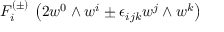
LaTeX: F _ { i } ^ { ( \pm ) } \, \left( 2 w ^ { 0 } \wedge w ^ { i } \pm \epsilon _ { i j k } w ^ { j } \wedge w ^ { k } \right)